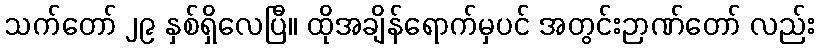
သက်တော် ၂၉ နှစ်ရှိလေပြီ။ ထိုအချိန်ရောက်မှပင် အတွင်းဉာဏ်တော် လည်း